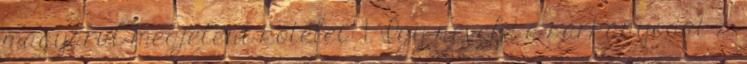
magyarul megjelent kötetei: 1. Így neveld a sárkányodat 2.